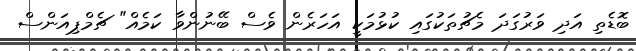
ބޮޑެތި އަދި ވަރުގަދަ މެޗުތަކުގައި ކުޅުމަކީ އަހަރެން ވެސް ބޭނުންވާ ކަމެއް" ޗެމްޕިއަންސް